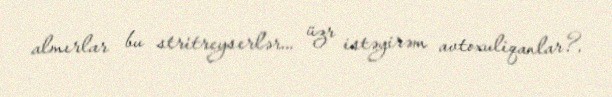
almırlar bu stritreyserlər... üzr istəyirəm avtoxuliqanlar?.